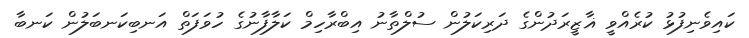
ކައިވެނިފުޅު ކުރެއްވީ ޣާޒީރަދުންގެ ދަރިކަލުން ސުލްތާނު އިބްރާހިމް ކަލާފާނުގެ ހުވަފަތް އަނބިކަނބަލުން ކަނބާ